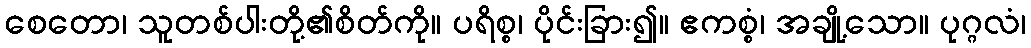
စေတော၊ သူတစ်ပါးတို့၏စိတ်ကို။ ပရိစ္စ၊ ပိုင်းခြား၍။ ဧကစ္စံ၊ အချို့သော။ ပုဂ္ဂလံ၊